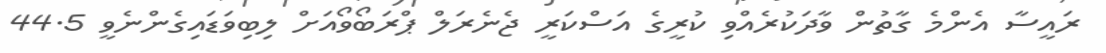
ރައީސާ އެންމެ ގާތުން ވާދަކުރެއްވި ކުރީގެ އަސްކަރީ ޖެނެރަލް ޕްރަބޯވޯއަށް ލިބިވަޑައިގެންނެވީ 44.5